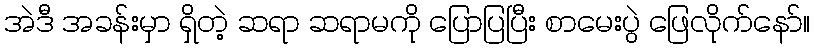
အဲဒီ အခန်းမှာ ရှိတဲ့ ဆရာ ဆရာမကို ပြောပြပြီး စာမေးပွဲ ဖြေလိုက်နော်။